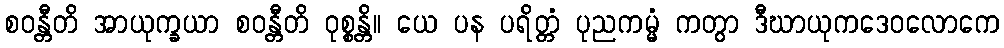
စဝန္တီတိ အာယုက္ခယာ စဝန္တီတိ ဝုစ္စန္တိ။ ယေ ပန ပရိတ္တံ ပုညကမ္မံ ကတွာ ဒီဃာယုကဒေဝလောကေ